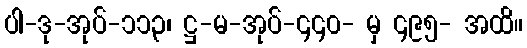
ပါ-ဒု-အုပ်-၁၁၃၊ ဋ္ဌ-မ-အုပ်-၄၄၀- မှ ၄၉၅- အထိ။